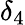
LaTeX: \delta_{4}